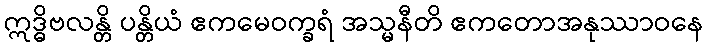
ဣဒ္ဓိဗလန္တိ ပန္တိယံ ဧကမေဝက္ခရံ အသ္မနီတိ ဧကတောအနုဿာဝနေ